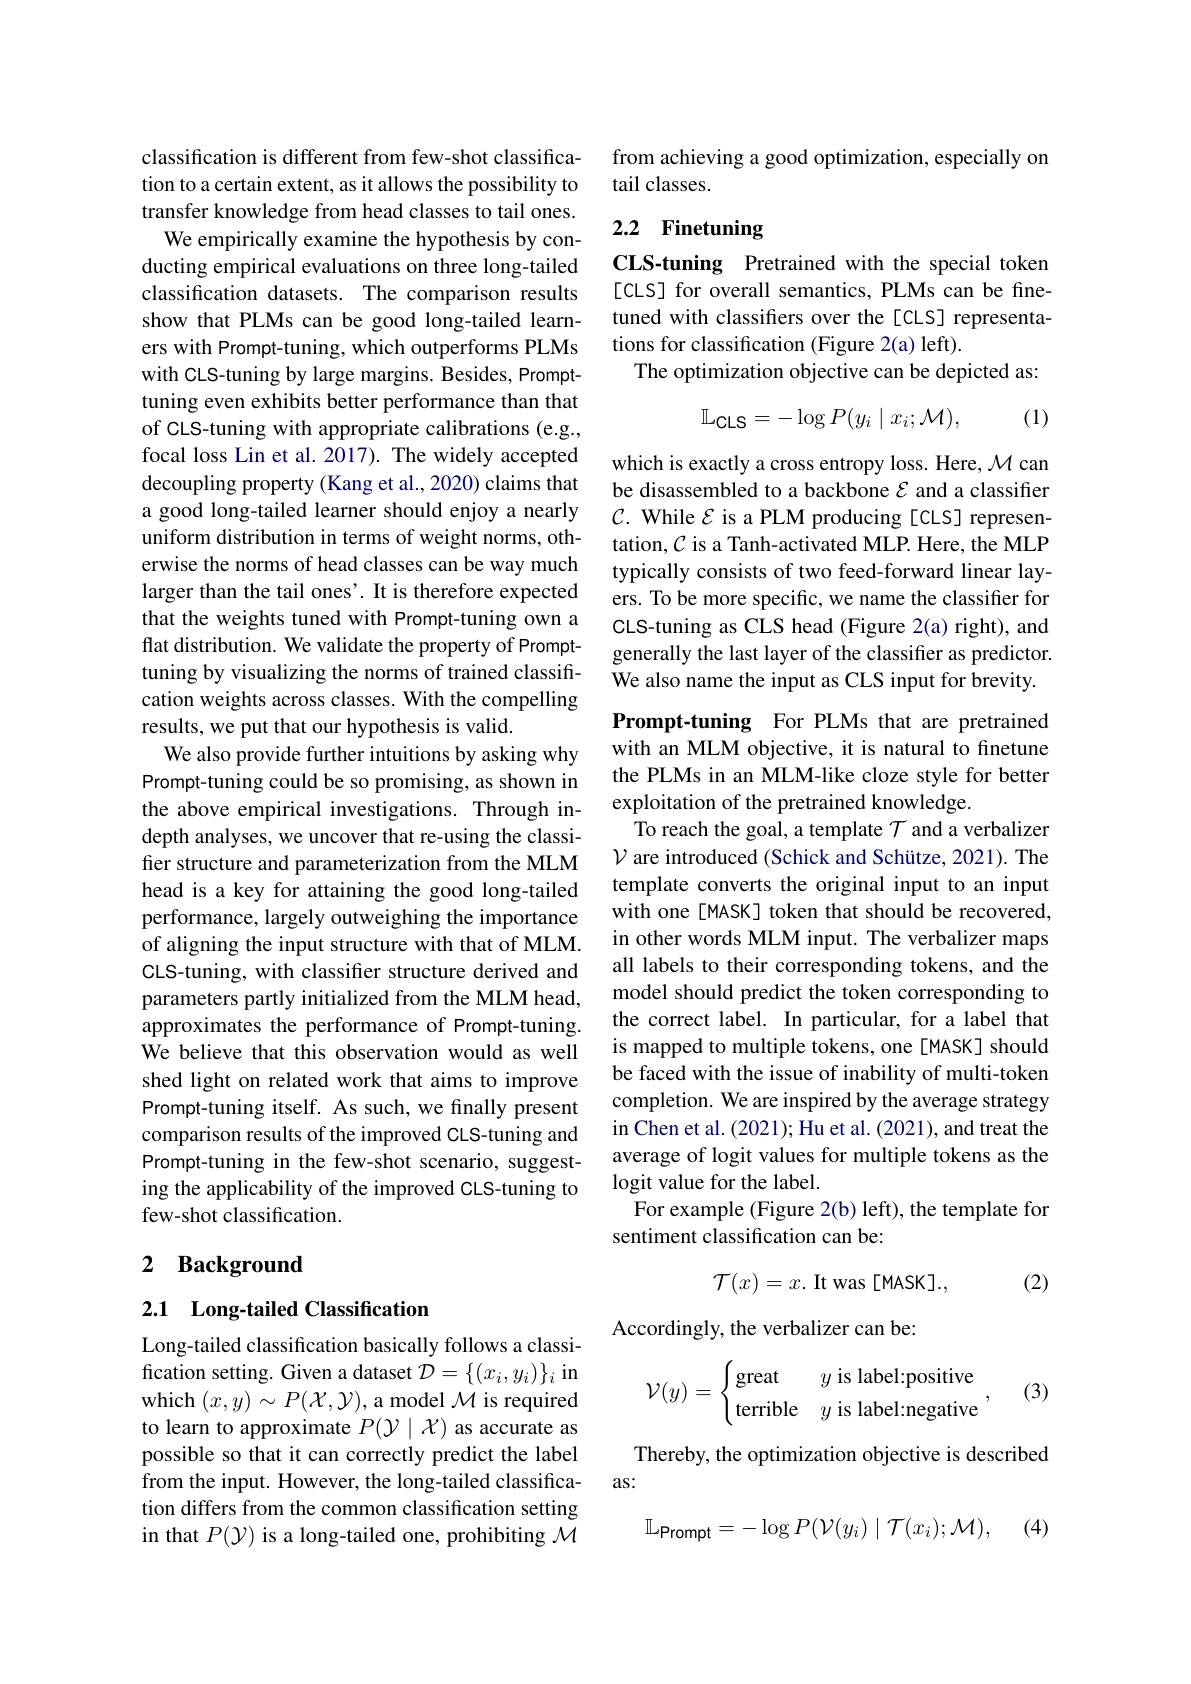
classification is different from few-shot classification to a certain extent, as it allows the possibility to transfer knowledge from head classes to tail ones.
We empirically examine the hypothesis by conducting empirical evaluations on three long-tailed classification datasets. The comparison results show that PLMs can be good long-tailed learners with Prompt-tuning, which outperforms PLMs with CLS-tuning by large margins. Besides, Prompttuning even exhibits better performance than that of CLS-tuning with appropriate calibrations (e.g., focal loss Lin et al. 2017). The widely accepted decoupling property (Kang et al., 2020) claims that a good long-tailed learner should enjoy a nearly uniform distribution in terms of weight norms, otherwise the norms of head classes can be way much larger than the tail ones'. It is therefore expected that the weights tuned with Prompt-tuning own a flat distribution. We validate the property of Prompttuning by visualizing the norms of trained classification weights across classes. With the compelling results, we put that our hypothesis is valid.
We also provide further intuitions by asking why Prompt-tuning could be so promising, as shown in the above empirical investigations. Through indepth analyses, we uncover that re-using the classifer structure and parameterization from the MLM head is a key for attaining the good long-tailed performance, largely outweighing the importance of aligning the input structure with that of MLM. CLS-tuning, with classifier structure derived and parameters partly initialized from the MLM head, approximates the performance of Prompt-tuning. We believe that this observation would as well shed light on related work that aims to improve Prompt-tuning itself. As such, we finally present comparison results of the improved CLS-tuning and Prompt-tuning in the few-shot scenario, suggesting the applicability of the improved CLS-tuning to few-shot classification.

## 2 Background

## 2.1 Long-tailed Classification

Long-tailed classification basically follows a classification setting. Given a dataset $\mathcal{D}=\{(x_i,y_i)\}_i$ in which $(x,y)\sim P(\mathcal{X},\mathcal{Y})$, a model $\mathcal{M}$ is required to learn to approximate $P(\mathcal{Y}\mid\mathcal{X})$ as accurate as possible so that it can correctly predict the label from the input. However, the long-tailed classification differs from the common classification setting in that $P(\mathcal{Y})$ is a long-tailed one, prohibiting $\mathcal{M}$

from achieving a good optimization, especially on
tail classes.

# 2.2 Finetuning

CLS-tuning Pretrained with the special token [cLS] for overall semantics, PLMs can be finetuned with classifers over the[CLS] representations for classification (Figure 2(a) left).
The optimization objective can be depicted as:
$$\mathbb{L}_{\mathsf{CLS}}=-\log P(y_{i}\mid x_{i};\mathcal{M}),$$
(1)

which is exactly a cross entropy loss. Here, $\mathcal{M}$ can be disassembled to a backbone $\varepsilon$ and a classifier $\mathcal{C}.$ While $\mathcal{E}$ is a PLM producing [CLS] representation, $\mathcal{C}$ is a Tanh-activated MLP. Here, the MLP typically consists of two feed-forward linear layers. To be more specific, we name the classifier for CLS-tuning as CLS head (Figure 2(a) right), and generally the last layer of the classifier as predictor. We also name the input as CLS input for brevity.

Prompt-tuning For PLMs that are pretrained with an MLM objective, it is natural to finetune the PLMs in an MLM-like cloze style for better exploitation of the pretrained knowledge.
To reach the goal, a template $\mathcal{T}$ and a verbalizer $\mathcal{V}$ are introduced (Schick and Schütze, 2021). The template converts the original input to an input with one[MASK] token that should be recovered, in other words MLM input. The verbalizer maps all labels to their corresponding tokens, and the model should predict the token corresponding to the correct label. In particular, for a label that is mapped to multiple tokens, one[MASK] should be faced with the issue of inability of multi-token completion. We are inspired by the average strategy in Chen et al. (2021); Hu et al. (2021), and treat the average of logit values for multiple tokens as the logit value for the label.
For example (Figure 2(b) left), the template for
sentiment classification can be:
$$\mathcal{T}(x)=x.\text{It was [MASK]}.,$$
(2)

Accordingly, the verbalizer can be:
$$\mathcal{V}(y)=\begin{cases}\text{great}&y\text{is label:positive}\\\text{terrible}&y\text{is label:negative}\end{cases},$$
(3)

Thereby, the optimization objective is described
as:

(4)
$$\mathbb{L}_{\text{Prompt}}=-\log P(\mathcal{V}(y_{i})\mid\mathcal{T}(x_{i});\mathcal{M}),$$